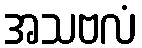
အသဗလံ